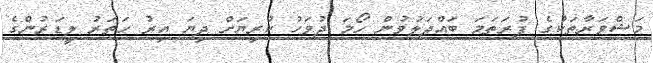
މަޝްވަރާތަކުގެ ފުރަތަމަ ބައްދަލުވުން ހޯމަ ދުވަހު ކުރިޔަށް ދިޔަ އިރު ހަތަރު ލީޑަރުންގެ